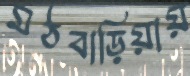
মঠবাড়িয়ায়